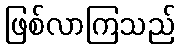
ဖြစ်လာကြသည်